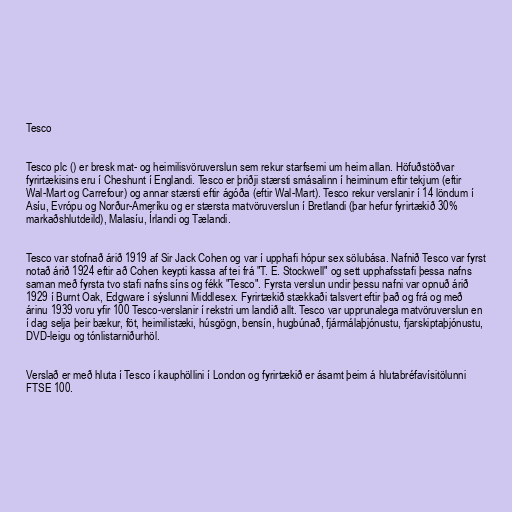
Tesco

Tesco plc () er bresk mat- og heimilisvöruverslun sem rekur starfsemi um heim allan. Höfuðstöðvar
fyrirtækisins eru í Cheshunt í Englandi. Tesco er þriðji stærsti smásalinn í heiminum eftir tekjum (eftir
Wal-Mart og Carrefour) og annar stærsti eftir ágóða (eftir Wal-Mart). Tesco rekur verslanir í 14 löndum í
Asíu, Evrópu og Norður-Ameríku og er stærsta matvöruverslun í Bretlandi (þar hefur fyrirtækið 30%
markaðshlutdeild), Malasíu, Írlandi og Tælandi.

Tesco var stofnað árið 1919 af Sir Jack Cohen og var í upphafi hópur sex sölubása. Nafnið Tesco var fyrst
notað árið 1924 eftir að Cohen keypti kassa af tei frá "T. E. Stockwell" og sett upphafsstafi þessa nafns
saman með fyrsta tvo stafi nafns síns og fékk "Tesco". Fyrsta verslun undir þessu nafni var opnuð árið
1929 í Burnt Oak, Edgware í sýslunni Middlesex. Fyrirtækið stækkaði talsvert eftir það og frá og með
árinu 1939 voru yfir 100 Tesco-verslanir í rekstri um landið allt. Tesco var upprunalega matvöruverslun en
í dag selja þeir bækur, föt, heimilistæki, húsgögn, bensín, hugbúnað, fjármálaþjónustu, fjarskiptaþjónustu,
DVD-leigu og tónlistarniðurhöl.

Verslað er með hluta í Tesco í kauphöllini í London og fyrirtækið er ásamt þeim á hlutabréfavísitölunni
FTSE 100.